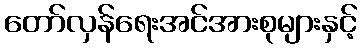
တော်လှန်ရေးအင်အားစုများနှင့်